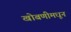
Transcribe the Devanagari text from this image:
खोबणीमधून